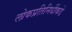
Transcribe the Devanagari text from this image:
लोकप्रतिनिधींकडे